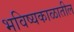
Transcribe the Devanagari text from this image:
भविष्यकाळातील